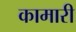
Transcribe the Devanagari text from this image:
कामारी